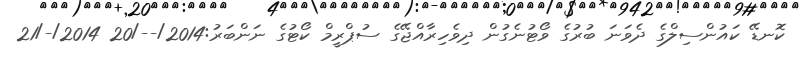
ކޮނޑޭ ކައުންސިލްގެ ދެވަނަ ބުރުގެ ވޯޓުނެގުން ދިވެހިރާއްޖޭގެ ސުޕްރީމް ކޯޓުގެ ނަންބަރު:2014/--/20 2014/-/21